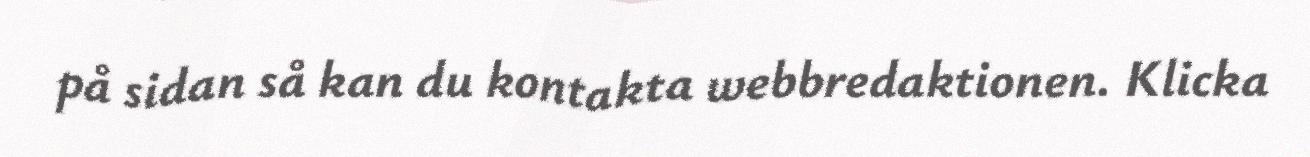
på sidan så kan du kontakta webbredaktionen. Klicka